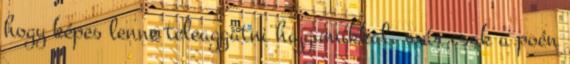
hogy képes lenne teleaggatni hajgumikkal, már csak a poén